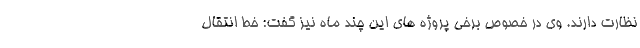
نظارت دارند. وی در خصوص برخی پروژه های این چند ماه نیز گفت: خط انتقال